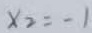
x _ { 2 } = - 1